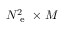
N _ { \mathrm { ~ e ~ } } ^ { 2 } \times M